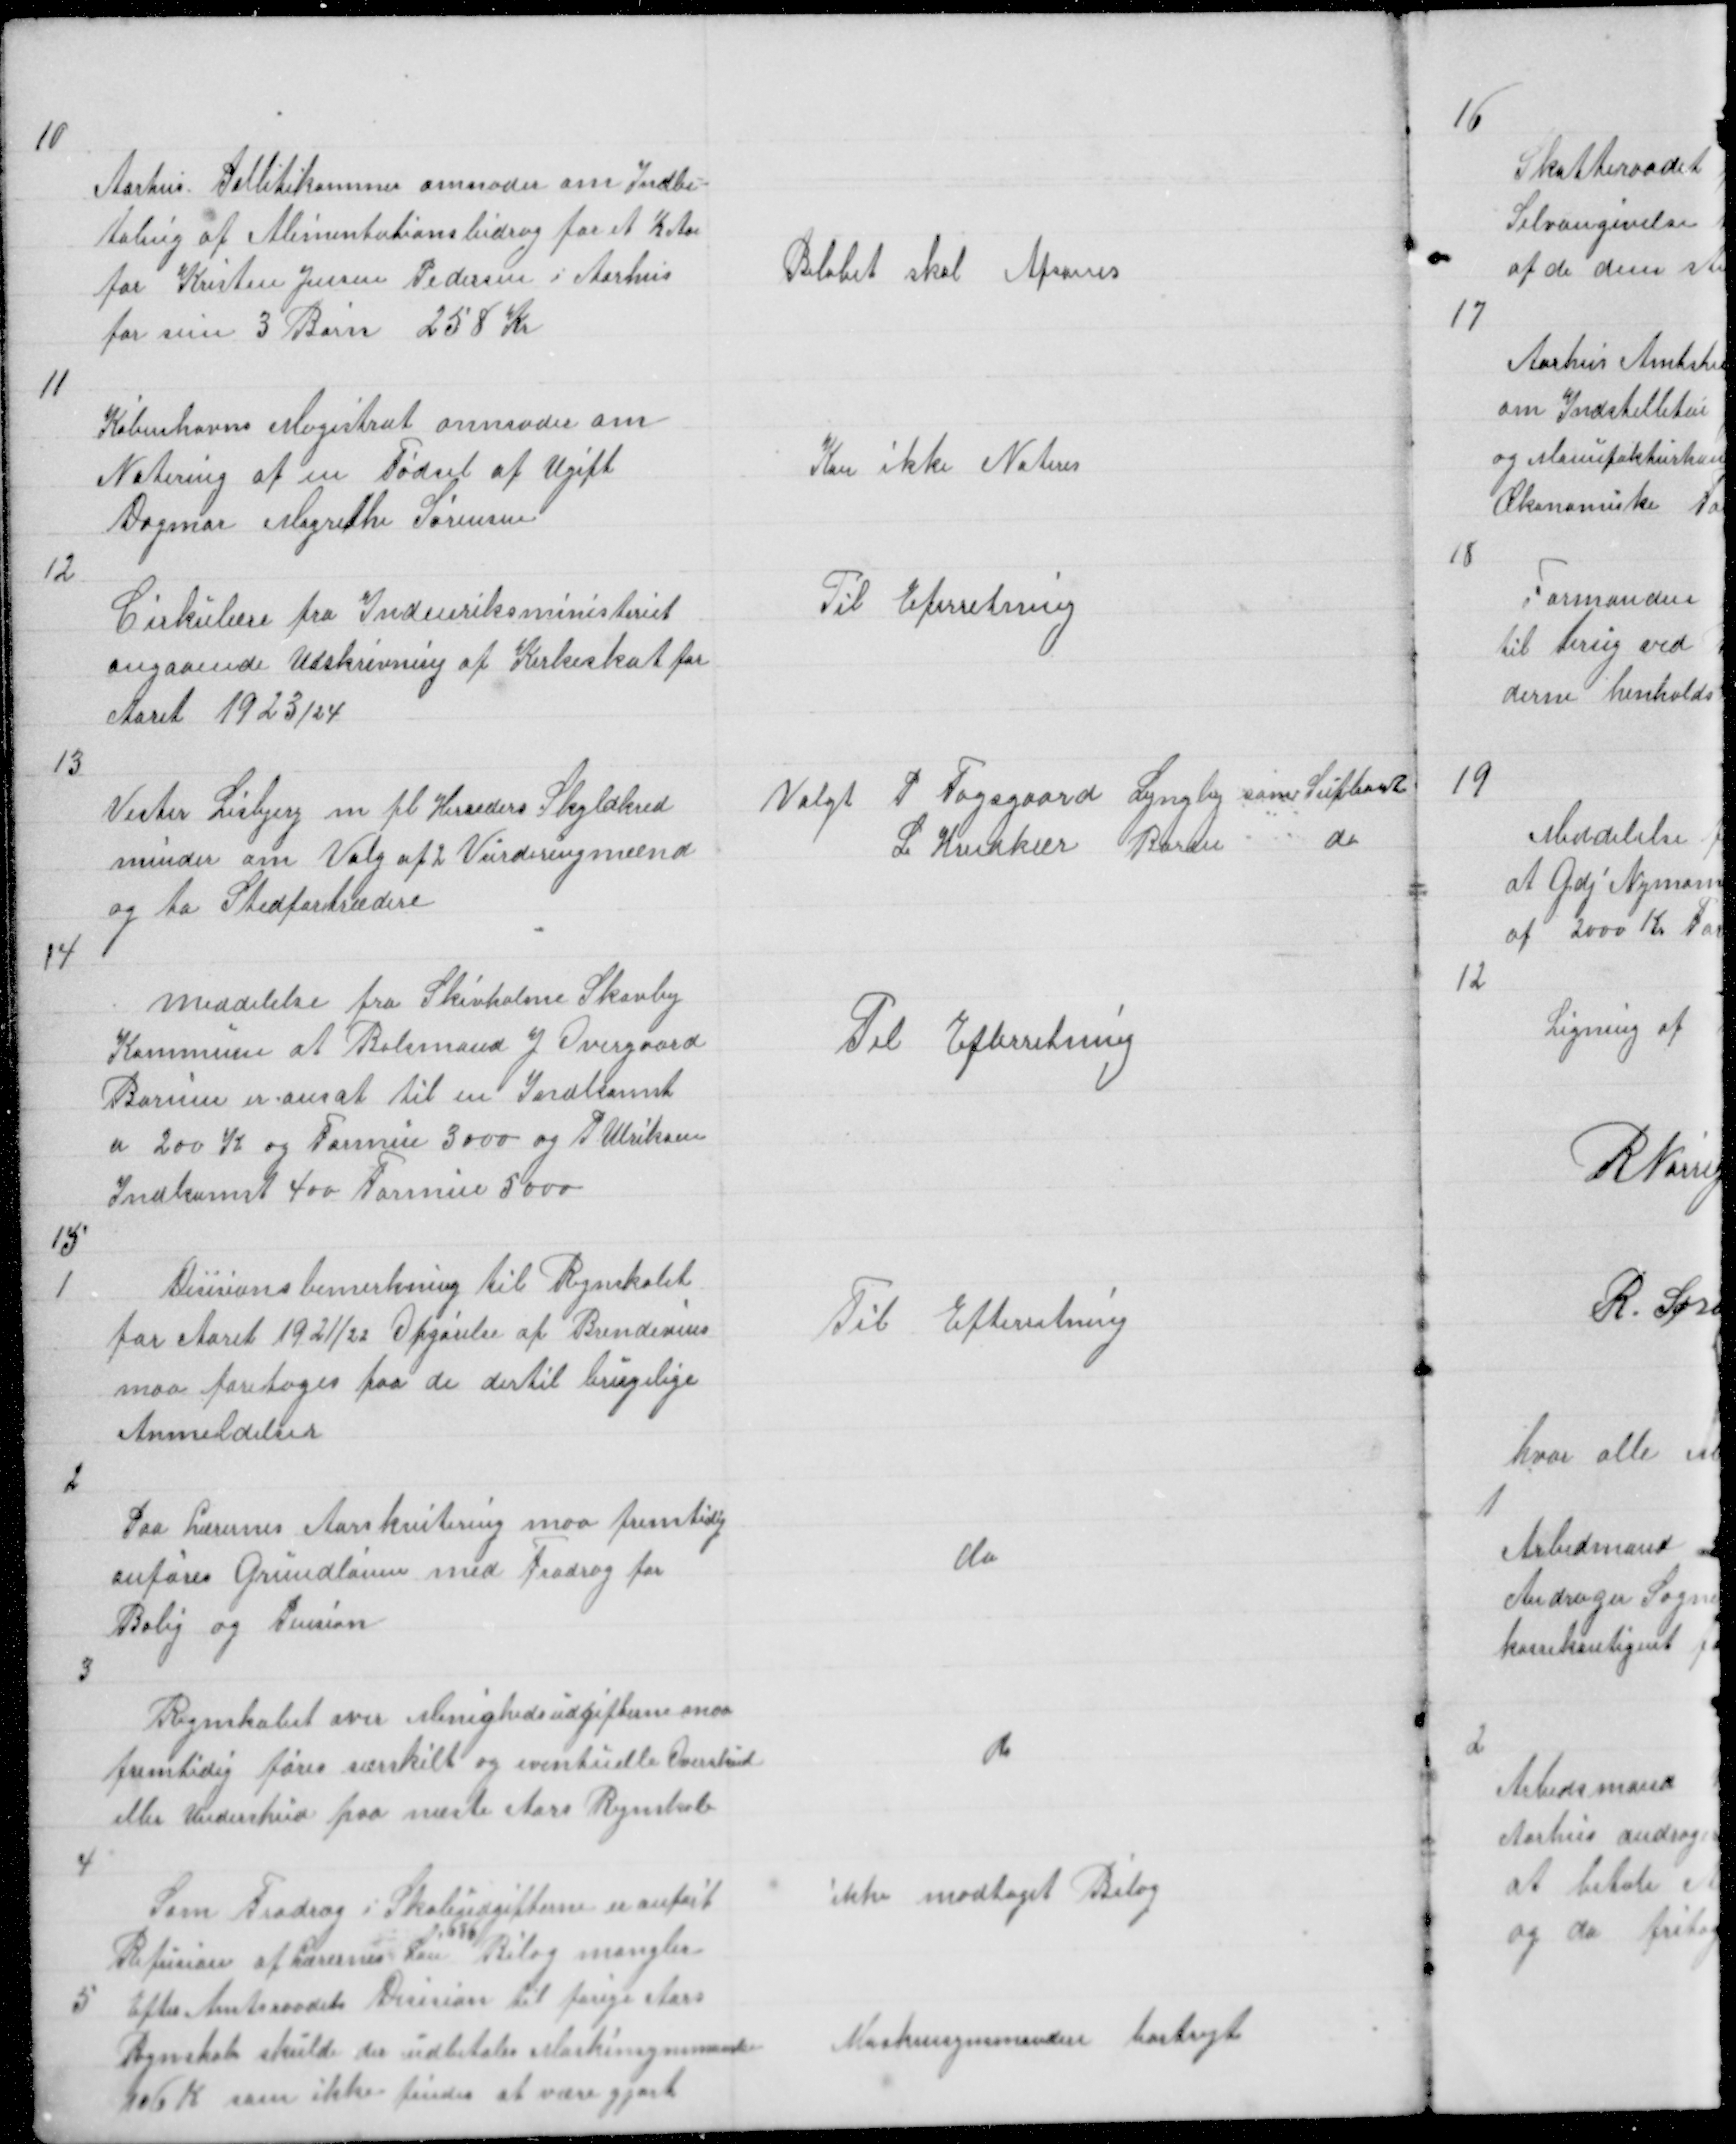
Transskription:
10

Aarhus Politikammer anmoder om Indbe=
taling af Alimentationsbidrag for et ½ Aar
for Kristen Jensen Pedersen i Aarhus
for sine 3 Barn 258 Kr

Beløbet skal Afsones

11

Københavns Magistrat anmoder om
Notering af en Fødsel af Ugift
Dagmar Magrethe Sørensen

Kan ikke Noteres

12

Cirkulære fra Indenriksministeriet
angaaende Udskrivning af Kirkeskat for
Aaret 1923/24

Til Efterretning

13

Vester Lisbjerg m fl Herreders Skyldkred
minder om Valg af 2 Vurderingsmænd
og to Stedfortrædere

Valgt P Fogsgaard Lyngby som Supleant
L Hvidkær Borum do

14

meddelelse fra Skivholme Skovby
Kommune at Bolsmand J Overgaard
Borum er ansat til en Indkomst
a 200 K og Formue 3000 og P Ulriksen
Indkomst 400 Formue 5000

Til Efterretning

15
1

Desisionsbemerkning til Regnskabt 
for Aaret 1921/22 Opgørelse af Brendevins
maa foretages paa de dertil brugelige
Anmeldelser

Til Efterretning

2

Paa Lærernes Aarskvitering maa fremtidig
anføres Grundlønen med Fradrag for
Bolig og Pension

do

3

Regnskabet over Menighedsudgifterne maa
fremtidig føres særskilt og eventuelle Overskud
eller Underskud paa næste Aars Regnskab

do

4
Som Fradrag i Skoleudgifterne er anført
Refusion af Lærernes Løn
686
Bilag mangler

ikke modtaget Bilag

5
Efter Amtsraadets Desision til forige Aars
Regnskab skulde der udbetales Maskinsynsmanden
106 K som ikke findes at være gjort

Maskinsynsmanden bortrejt